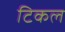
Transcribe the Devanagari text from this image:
टिकल